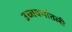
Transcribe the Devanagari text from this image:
उच्चवर्गातली